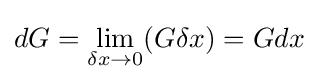
dG=\lim _{\delta x\to 0}(G\delta x)=Gdx